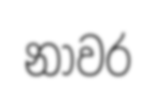
නාවර